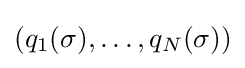
\left(q_{1}{\left(\sigma \right)},\dots ,q_{N}{\left(\sigma \right)}\right)